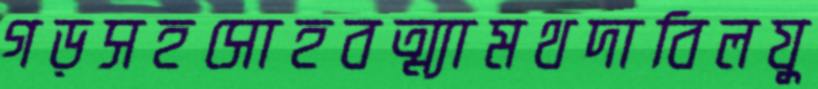
গড়সহসোহবত্ম্যামথদাবিলযু